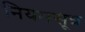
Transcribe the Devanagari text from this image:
नियमसूत्र